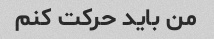
من باید حرکت کنم